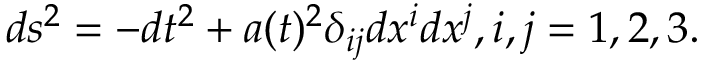
d s ^ { 2 } = - d t ^ { 2 } + a ( t ) ^ { 2 } \delta _ { i j } d x ^ { i } d x ^ { j } , i , j = 1 , 2 , 3 .